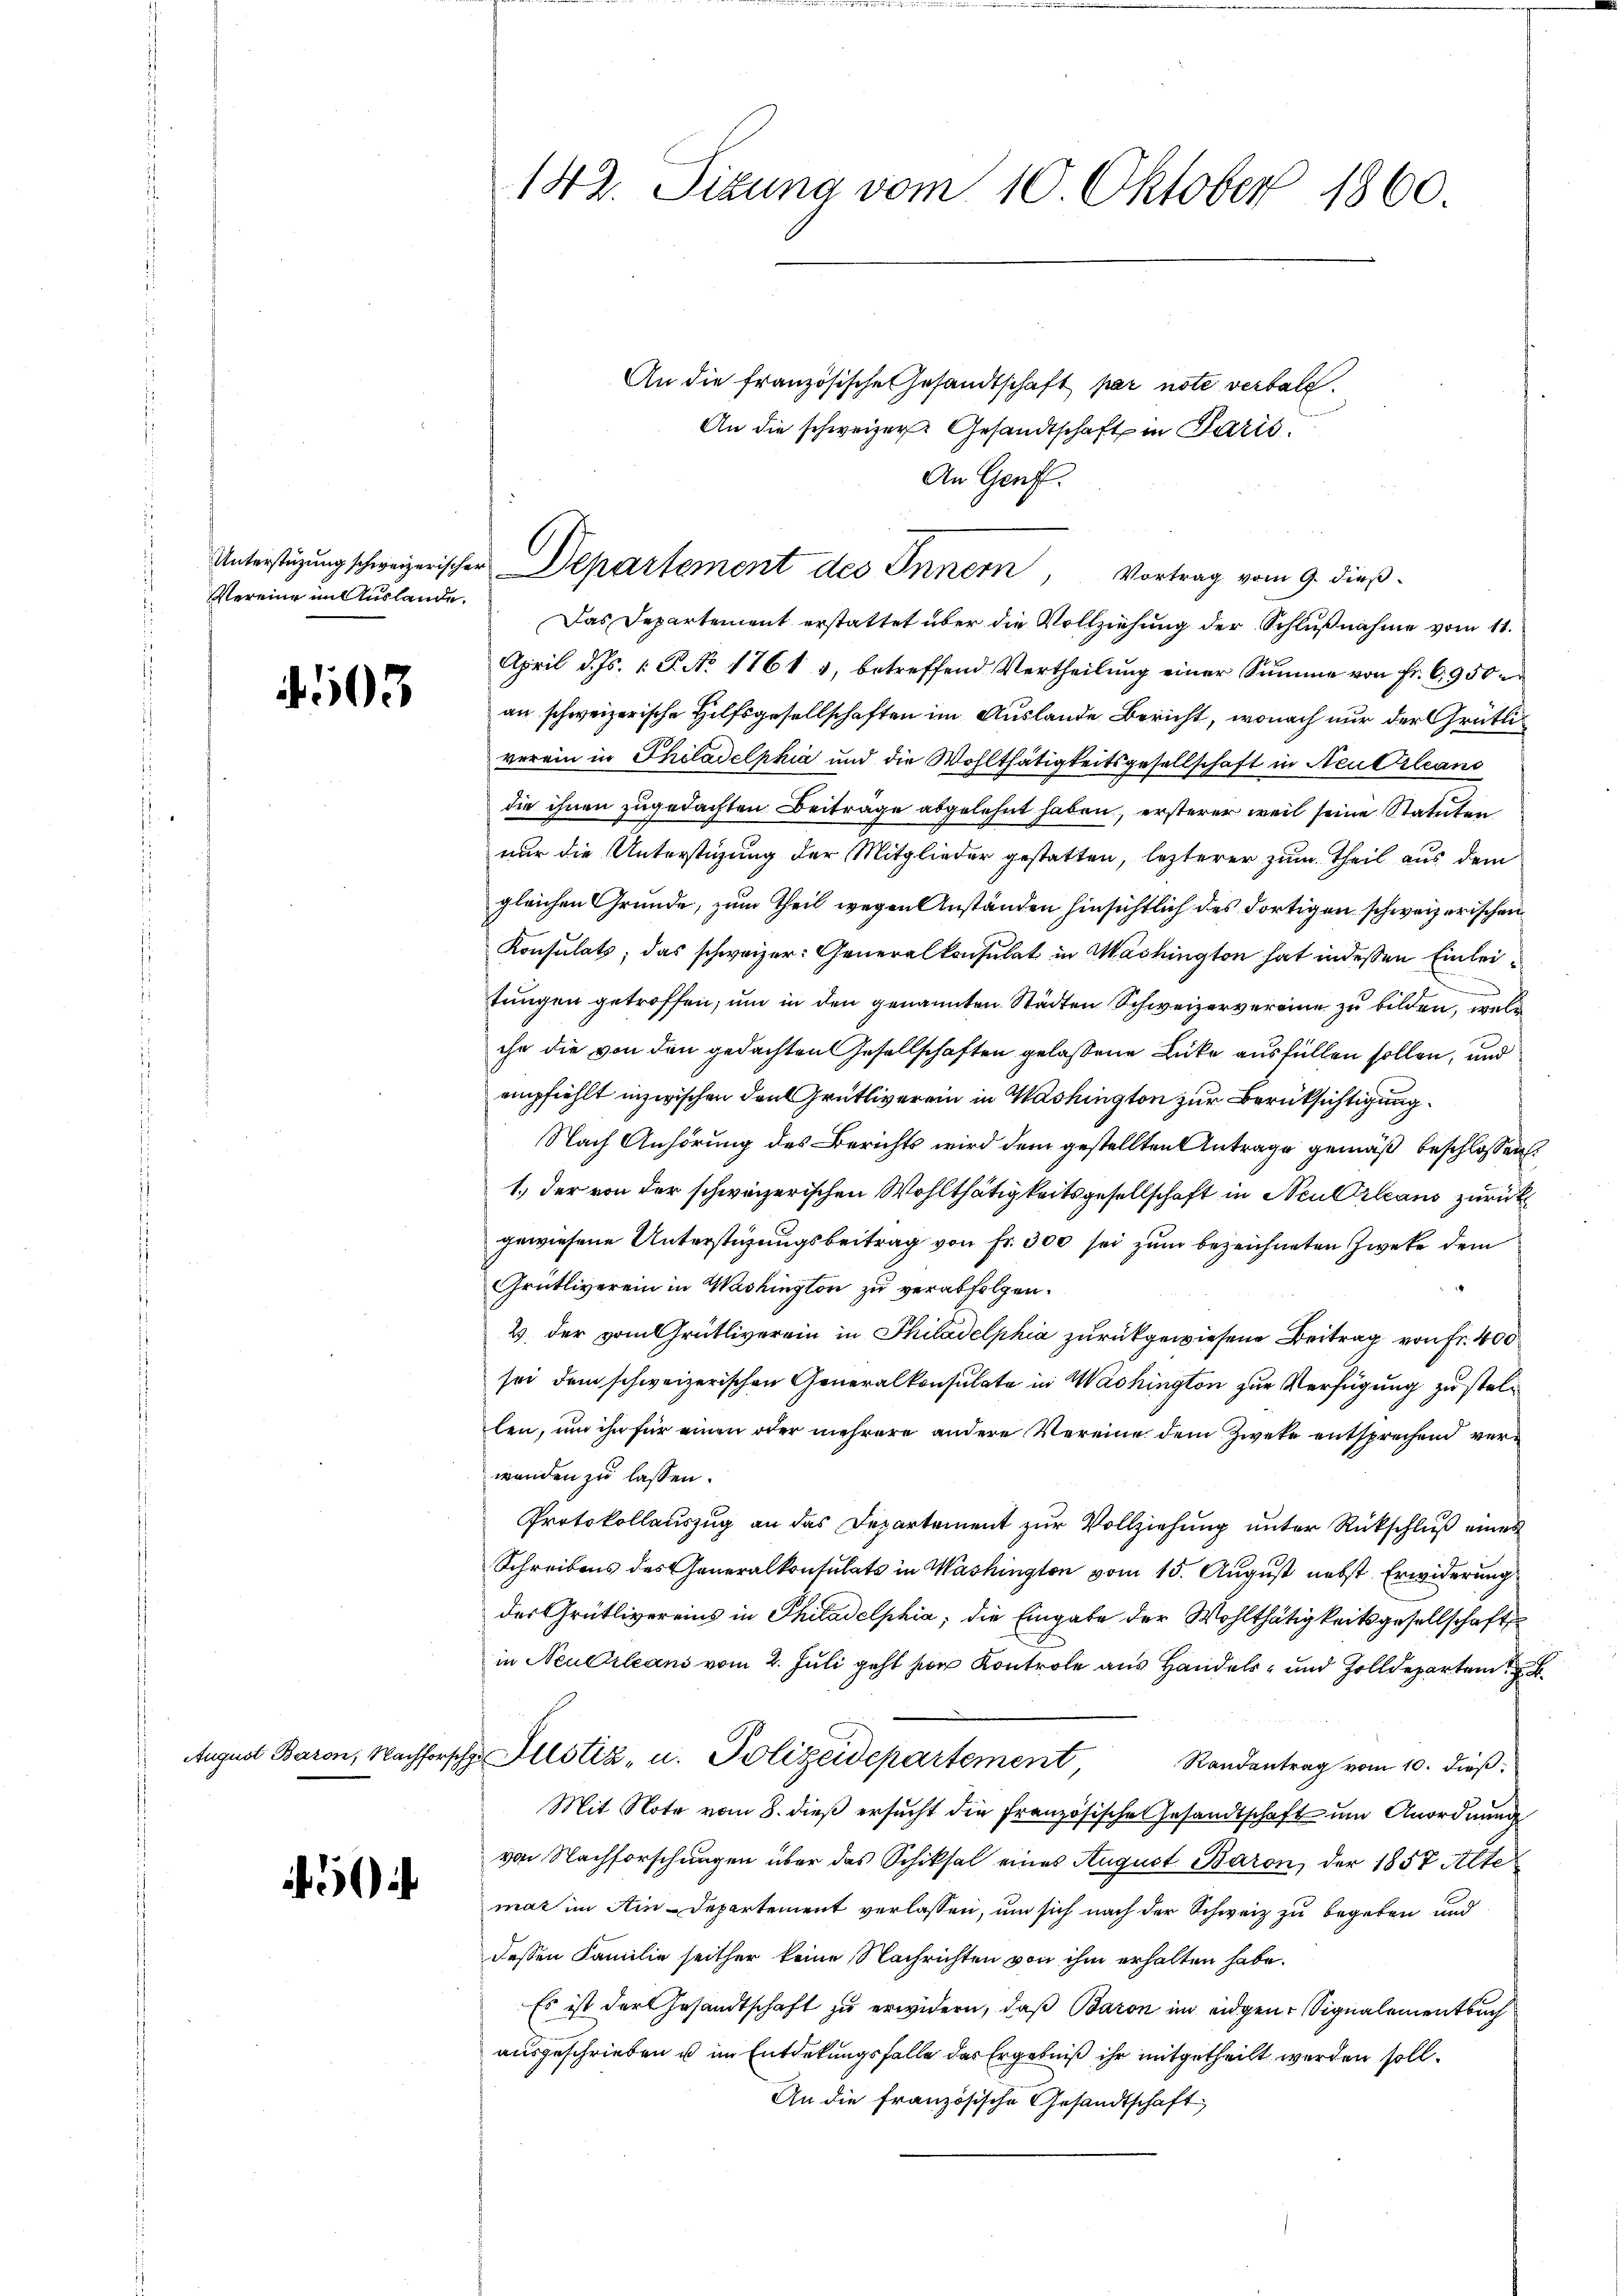
Vereine im Auslande.

503

142. Situng vom 10. Oktober 1860.

Unterstüzung schweizerischer Departement des Innern, Vortrag vom 9. dieß

Das Departement erstattet über die Vollziehung der Schlußnahme vom 11.
April d. Js. 1. P. No 1761 1, betreffend Vertheilŭng einer Summe von Fr. 6,950
an schweizerische Hilfsgesellschaften im Auslande Bericht, wonach nur der Grütliverein in Philadelphia und die Wohlthätigkeitsgesellschaft in Neutrlean
die ihnen zugedachten Beiträge abgelehnt haben, ersterer weil seine Statuten
nur die Unterstüzung der Mitglieder gestatten, lezterer zum Theil aus dem
gleichen Grunde, zum Theil wegen Anständen hinsichtlich des dortigen schweizerischen
Konsulats, das schweizer: Generalkonsulat in Mashington hat in dessen Einleitungen getroffen, um in den genannten Städten Schweizervereine zu bilden, welche
chn die von den gedachten Gesellschaften gelassene Lücke ausfüllen sollen, und
empfiehlt inzwischen den Grütliverein in Washington zur Berücksichtigung
Nach Anhörung des Berichts wird dem gestellten Antrage gemäß beschlossen:
1.) der von der schweizerischen Wohlthätigkeitsgesellschaft in Neu Orleans zurück
gewiesene Unterstüzungsbeitrag von Fr. 300 sei zum bezeichneten Zweke dem
Grütliverein in Washington zu verabfolgen.
2. der vom Grütliverein in Philadelphia zurückgewiesene Beitrag von Fr. 400
sei dem schweizerischen Generalkonsulate in Washington zur Verfügung zu stellen, um ihn für einen oder mehrere andere Vereine dem Zweke entsprechend verwenden zu lassen.
Protokollauszug an das Departement zur Vollziehung unter Rückschluß eines
Schreibens des Generalkonsulats in Washington vom 15. August nebst Erwiderung
der Grütlivereins in Philadelphia, die Eingabe der Wohlthätigkeitsgesellschaft
in Neuerleans vom 2. Juli geht der Kontrole aus Handels- und Zolldeparten
August Baron, Nachforsche Altstiz, u. Polizeidepartement, Randentrag vom 10. dieß:
Mit Note vom 8. dieß ersucht die Französische Gesandtschaft und Anordnung
von Nachforschungen über das Schiksal eines August Baron, der 1857 Alte
mar im Ain-Departement verlassen, um sich nach der Schweiz zu begeben und
dessen Familie seither keine Nachrichten von ihm erhalten habe.
Es ist der Gesandtschaft zu erwidern, daß Baron im eidgen. Signalementbuch
ausgeschrieben u im Entdekungsfalle des Ergebniß ihr mitgetheilt werden soll.
An die französische Gesandtschaft

An die französische Gesandtschaft par note verbald
An die schweizer Gesandtschaft in Paris.
An Genf.